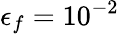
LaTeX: \epsilon_{f}=10^{-2}